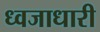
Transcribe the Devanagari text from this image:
ध्वजाधारी